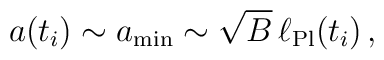
a(t_i ) \sim a_{\rm min} \sim \sqrt{B} \, \ell_{\rm Pl}(t_i)\,,